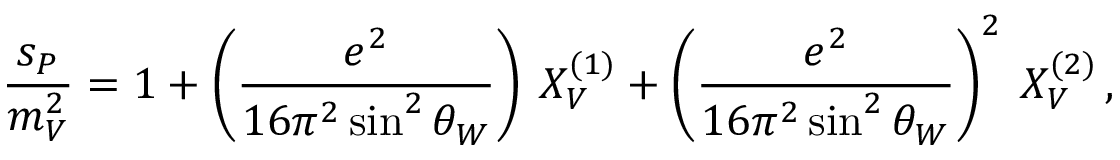
\frac { s _ { P } } { m _ { V } ^ { 2 } } = 1 + \left( \frac { e ^ { 2 } } { 1 6 \pi ^ { 2 } \sin ^ { 2 } \theta _ { W } } \right) \: X _ { V } ^ { ( 1 ) } + \left( \frac { e ^ { 2 } } { 1 6 \pi ^ { 2 } \sin ^ { 2 } \theta _ { W } } \right) ^ { 2 } \: X _ { V } ^ { ( 2 ) } \, ,